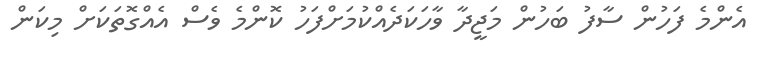
އެންމެ ފަހުން ސާފު ބަހުން މަޖީދާ ވާހަކަދެއްކުމަށްފަހު ކޮންމެ ވެސް އެއްގޮތަކަށް މިކަން